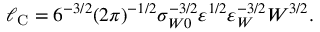
\ell _ { \mathrm { { C } } } = 6 ^ { - 3 / 2 } ( 2 \pi ) ^ { - 1 / 2 } \sigma _ { W 0 } ^ { - 3 / 2 } \varepsilon ^ { 1 / 2 } \varepsilon _ { W } ^ { - 3 / 2 } W ^ { 3 / 2 } .